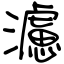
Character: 濾